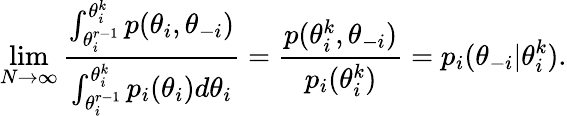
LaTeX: \operatorname*{lim}_{N\to\infty}\frac{\int_{\theta_{i}^{r-1}}^{\theta_{i}^{k}}p(\theta_{i},\theta_{-i})}{\int_{\theta_{i}^{r-1}}^{\theta_{i}^{k}}p_{i}(\theta_{i})d\theta_{i}}=\frac{p(\theta_{i}^{k},\theta_{-i})}{p_{i}(\theta_{i}^{k})}=p_{i}(\theta_{-i}|\theta_{i}^{k}).